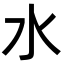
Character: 水